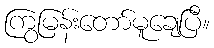
ကြွမြန်းတော်မူချေပြီ။